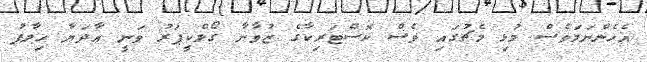
އެހެންނަމަވެސް މުޅި މެޗުގައި ވެސް ކޮސްޓަރިކާގެ ޒުވާނާ ގޯލްކީޕަރު ވަނީ އާދަޔާ ހިލާފު